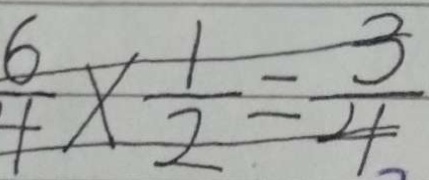
\frac { 6 } { 4 } \times \frac { 1 } { 2 } = \frac { 3 } { 4 }